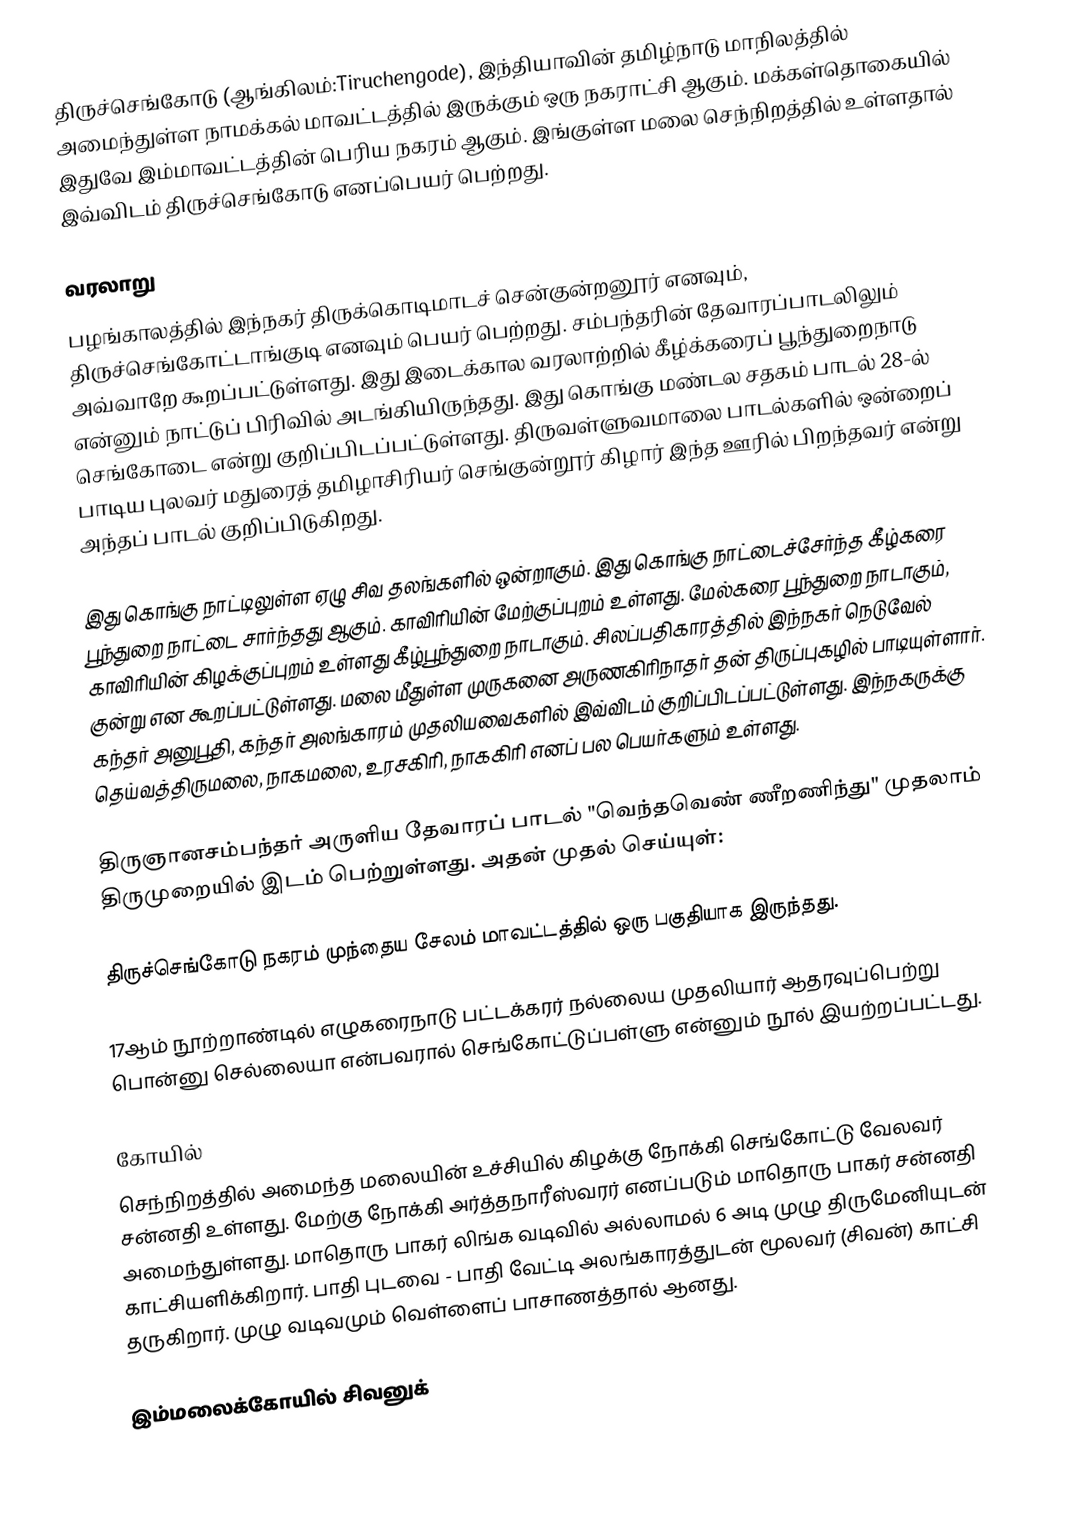
திருச்செங்கோடு (ஆங்கிலம்:Tiruchengode), இந்தியாவின் தமிழ்நாடு மாநிலத்தில் அமைந்துள்ள நாமக்கல் மாவட்டத்தில் இருக்கும் ஒரு நகராட்சி ஆகும். மக்கள்தொகையில் இதுவே இம்மாவட்டத்தின் பெரிய நகரம் ஆகும். இங்குள்ள மலை செந்நிறத்தில் உள்ளதால் இவ்விடம் திருச்செங்கோடு எனப்பெயர் பெற்றது.

வரலாறு
பழங்காலத்தில் இந்நகர் திருக்கொடிமாடச் சென்குன்றனூர் எனவும், திருச்செங்கோட்டாங்குடி எனவும் பெயர் பெற்றது. சம்பந்தரின் தேவாரப்பாடலிலும் அவ்வாறே கூறப்பட்டுள்ளது. இது இடைக்கால வரலாற்றில் கீழ்க்கரைப் பூந்துறைநாடு என்னும் நாட்டுப் பிரிவில் அடங்கியிருந்தது. இது கொங்கு மண்டல சதகம் பாடல் 28-ல் செங்கோடை என்று குறிப்பிடப்பட்டுள்ளது. திருவள்ளுவமாலை பாடல்களில் ஒன்றைப் பாடிய புலவர் மதுரைத் தமிழாசிரியர் செங்குன்றூர் கிழார் இந்த ஊரில் பிறந்தவர் என்று அந்தப் பாடல் குறிப்பிடுகிறது.

இது கொங்கு நாட்டிலுள்ள ஏழு சிவ தலங்களில் ஒன்றாகும். இது கொங்கு நாட்டைச்சேர்ந்த கீழ்கரை பூந்துறை நாட்டை சார்ந்தது ஆகும். காவிரியின் மேற்குப்புறம் உள்ளது. மேல்கரை பூந்துறை நாடாகும், காவிரியின் கிழக்குப்புறம் உள்ளது கீழ்பூந்துறை நாடாகும். சிலப்பதிகாரத்தில் இந்நகர் நெடுவேல் குன்று என கூறப்பட்டுள்ளது. மலை மீதுள்ள முருகனை அருணகிரிநாதர் தன் திருப்புகழில் பாடியுள்ளார். கந்தர் அனுபூதி, கந்தர் அலங்காரம் முதலியவைகளில் இவ்விடம் குறிப்பிடப்பட்டுள்ளது. இந்நகருக்கு தெய்வத்திருமலை, நாகமலை, உரசகிரி, நாககிரி எனப் பல பெயர்களும் உள்ளது.

திருஞானசம்பந்தர் அருளிய தேவாரப் பாடல்  "வெந்தவெண் ணீறணிந்து" முதலாம் திருமுறையில் இடம் பெற்றுள்ளது. அதன் முதல் செய்யுள்:

 திருச்செங்கோடு நகரம் முந்தைய சேலம் மாவட்டத்தில் ஒரு பகுதியாக இருந்தது.

17ஆம் நூற்றாண்டில் எழுகரைநாடு பட்டக்கரர் நல்லைய முதலியார் ஆதரவுப்பெற்று பொன்னு செல்லையா என்பவரால் செங்கோட்டுப்பள்ளு என்னும் நூல் இயற்றப்பட்டது.

கோயில்
செந்நிறத்தில் அமைந்த மலையின் உச்சியில் கிழக்கு நோக்கி செங்கோட்டு வேலவர் சன்னதி உள்ளது. மேற்கு நோக்கி அர்த்தநாரீஸ்வரர் எனப்படும் மாதொரு பாகர் சன்னதி அமைந்துள்ளது. மாதொரு பாகர் லிங்க வடிவில் அல்லாமல் 6 அடி முழு திருமேனியுடன் காட்சியளிக்கிறார். பாதி புடவை - பாதி வேட்டி அலங்காரத்துடன் மூலவர் (சிவன்) காட்சி தருகிறார். முழு வடிவமும் வெள்ளைப் பாசாணத்தால் ஆனது.

இம்மலைக்கோயில் சிவனுக்